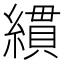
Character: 𦄻